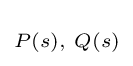
\scriptstyle P(s),\ Q(s)